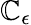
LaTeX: \mathbb{C}_{\epsilon}